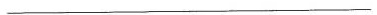
___